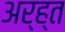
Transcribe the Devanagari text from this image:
अर्ह्त